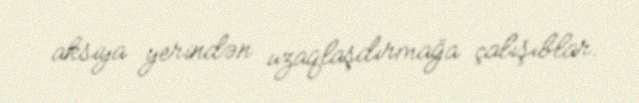
aksiya yerindən uzaqlaşdırmağa çalışıblar.